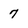
Character: 7